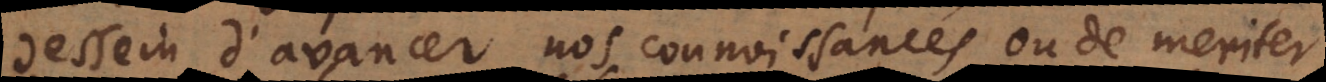
d’avancer nos connoissances ou de meriter